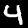
Digit: 4